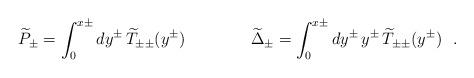
LaTeX: \begin{align*}\widetilde{P}_{\pm}=\int_0^{x\pm} dy^{\pm}\, \widetilde{T}_{\pm\pm}(y^{\pm})\qquad\qquad\widetilde{\Delta}_{\pm}=\int_0^{x\pm} dy^{\pm}\,y^{\pm}\,\widetilde{T}_{\pm\pm}(y^{\pm})\ \ .\end{align*}